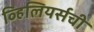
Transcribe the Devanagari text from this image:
व्हिलियर्सची